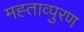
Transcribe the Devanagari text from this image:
मह्ताव्पुरण